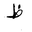
Letter: _za